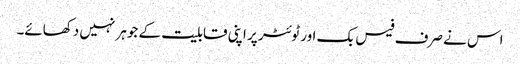
اس نے صرف فیس بک اور ٹوئٹر پر اپنی قابلیت کے جوہر نہیں دکھائے۔